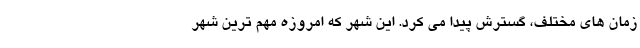
زمان های مختلف، گسترش پیدا می کرد. این شهر که امروزه مهم ترین شهر